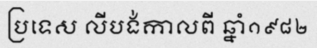
ប្រទេស លីបង់កាលពី ឆ្នាំ១៩៨២